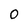
Character: 0